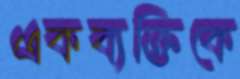
একব্যক্তিকে